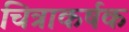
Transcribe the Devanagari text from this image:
चित्राकर्षक